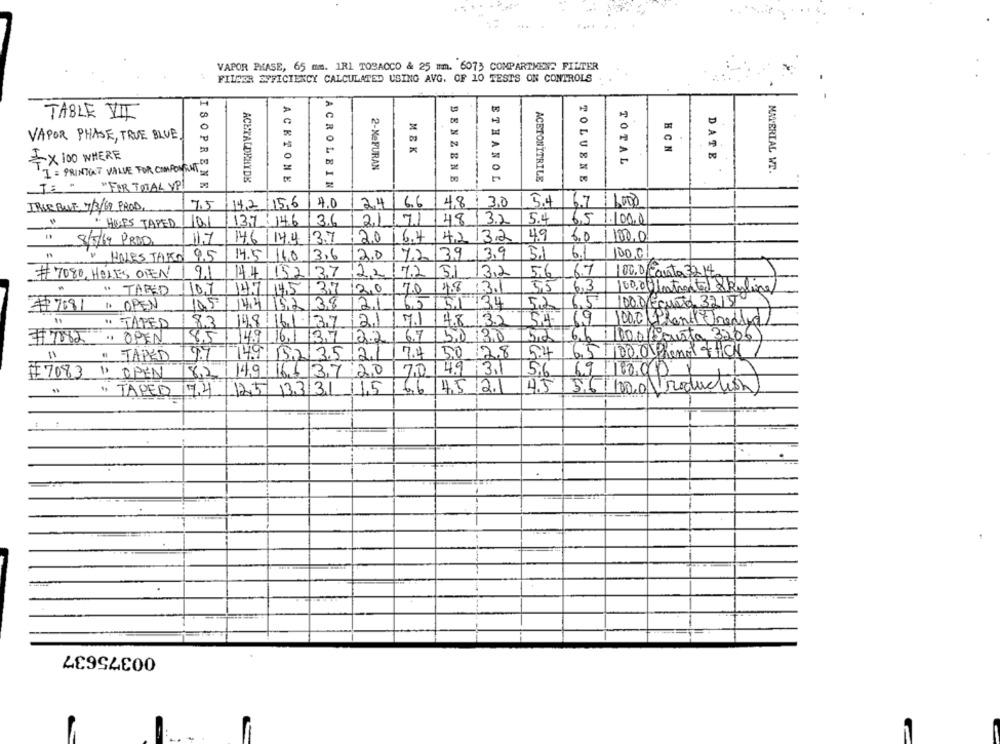
VAPOR PHASE, 65 mm. 1R1 TOBACCO & 25 mm. 6073 COMPARTMENT FILTER
FILMER EFFICIENCY CALCULATED USING AVG. OF 10 TESTS ON CONTROLS
TABLE VII
VAPOR PHASE, TRUE BLUE!
N
HCN
MBK
DATE
1X 100 WHERE
TOTAL
I = PRINTAT VALUE FOR COMPONENT
2-MeFURAN
=
MATERIAL WT.
ACETALDEHYDK
ACETONE
BENZENE
ETHANOL
ACETONITRILE
TOLUENE
"FOR TOTAL YPI
ISOPRENE
ACROLEIN
TRUE BLUE, 7/3/69 PROD.
7,5
142 156
4.0
24/ 66 48 3.0
5.4
6.7 6000
· HOES TAPED
101
13,7: 14.6
3.6 |211.71
48 1 32
5.4
6,5 1.100.0
11.7
14.6 144
3.7
2.0
16.4
4,2/3.2
49
5.0
1100,0
8/5/69 PRAD
5.1
6.1
100,01
HOLES TAKO 95
14.5|14.0
3.6
2.0
7.2 39 3.9
# 7080, HOLES OFEN / 21
44 152 37
22
7.2
5.1 13.2
5.6
6.7
00.0/Carta 32 14
.
" TARED
1107
14.7 14.5
37 20
7.0
48
13.1
55
6,3
100,00intented Skyline
10.5
144 192 38
21
6,5
51 134
100.D/Ecurto 32150
#7081 " OPEN
52
4.8 3.2
69
" TAPED 83
14.8.16.1.137
21
7.1
Chant Oredled
#7082.
OPEN
8.5
14.9
16.1 37 22
6.7
50130
5,2
6.6
1000 (Caista 3206)
" TAPED
07149 152 35 21
50 2.8
5.4
Phenol ICH
8,2
14,9 161 37 20
70
4.9 3.1
9 10000
#7083 1 OPEN
5,6
4.5
TAPED 17.4
125 133 31 15 66 45 2.1
56/100.0 roduction
00375637